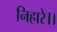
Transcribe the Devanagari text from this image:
निहारे।।